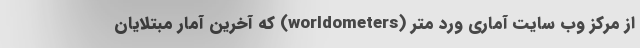
از مرکز وب سایت آماری ورد متر (worldometers) که آخرین آمار مبتلایان